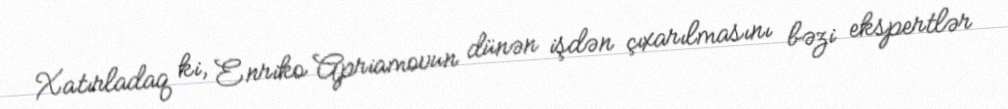
Xatırladaq ki, Enriko Apriamovun dünən işdən çıxarılmasını bəzi ekspertlər